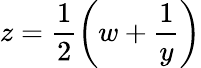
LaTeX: z=\frac{1}{2}\left(w+\frac{1}{y}\right)